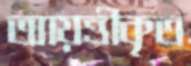
আয়ত্তীকৃত